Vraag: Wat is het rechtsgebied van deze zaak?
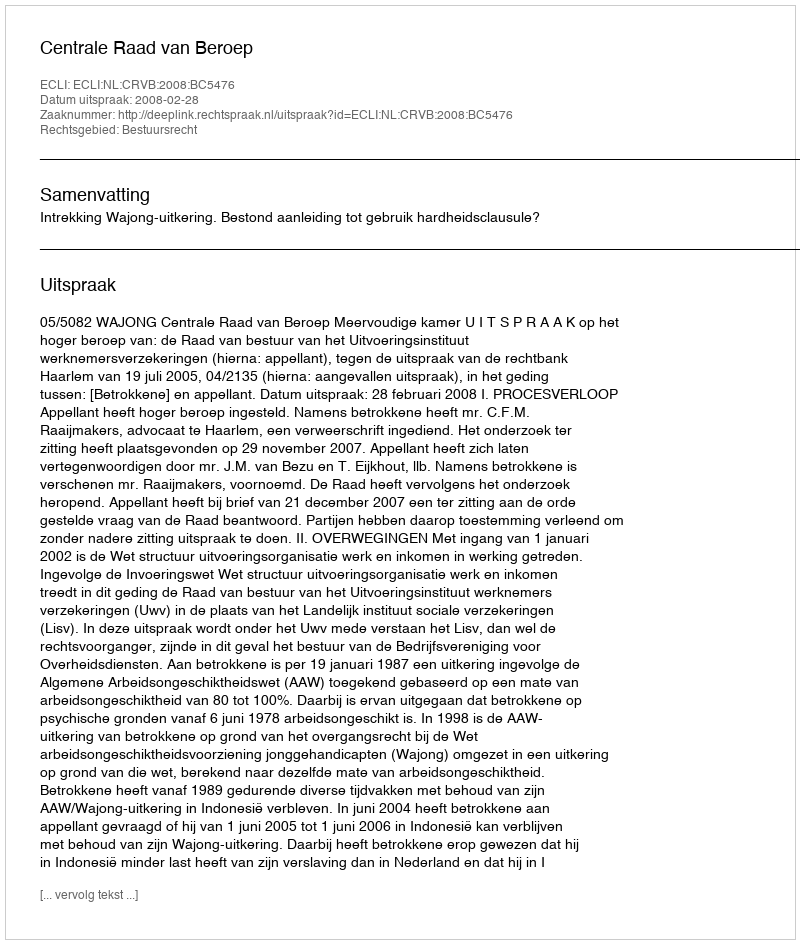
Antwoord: Bestuursrecht